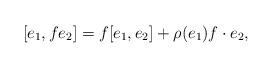
LaTeX: \begin{gather*}[e_1, fe_2] = f [e_1, e_2] + \rho(e_1) f \cdot e_2,\end{gather*}